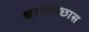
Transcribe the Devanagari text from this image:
श्वासोच्छास